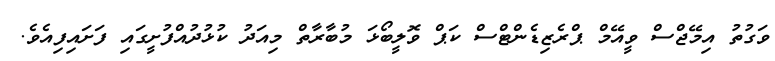
ވަގުތު އިމޭޖްސް ވީއޭމް ޕްރެޒިޑެންޓްސް ކަޕް ވޮލީބޯޅަ މުބާރާތް މިއަދު ކުޅުދުއްފުށީގައި ފަށައިފިއެވެ.